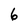
Character: 6